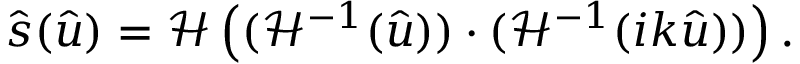
\hat { \boldsymbol s } ( \hat { \boldsymbol u } ) = \mathcal { H } \left( ( \mathcal { H } ^ { - 1 } ( \hat { \boldsymbol u } ) ) \cdot ( \mathcal { H } ^ { - 1 } ( i \boldsymbol k \hat { \boldsymbol u } ) ) \right) .